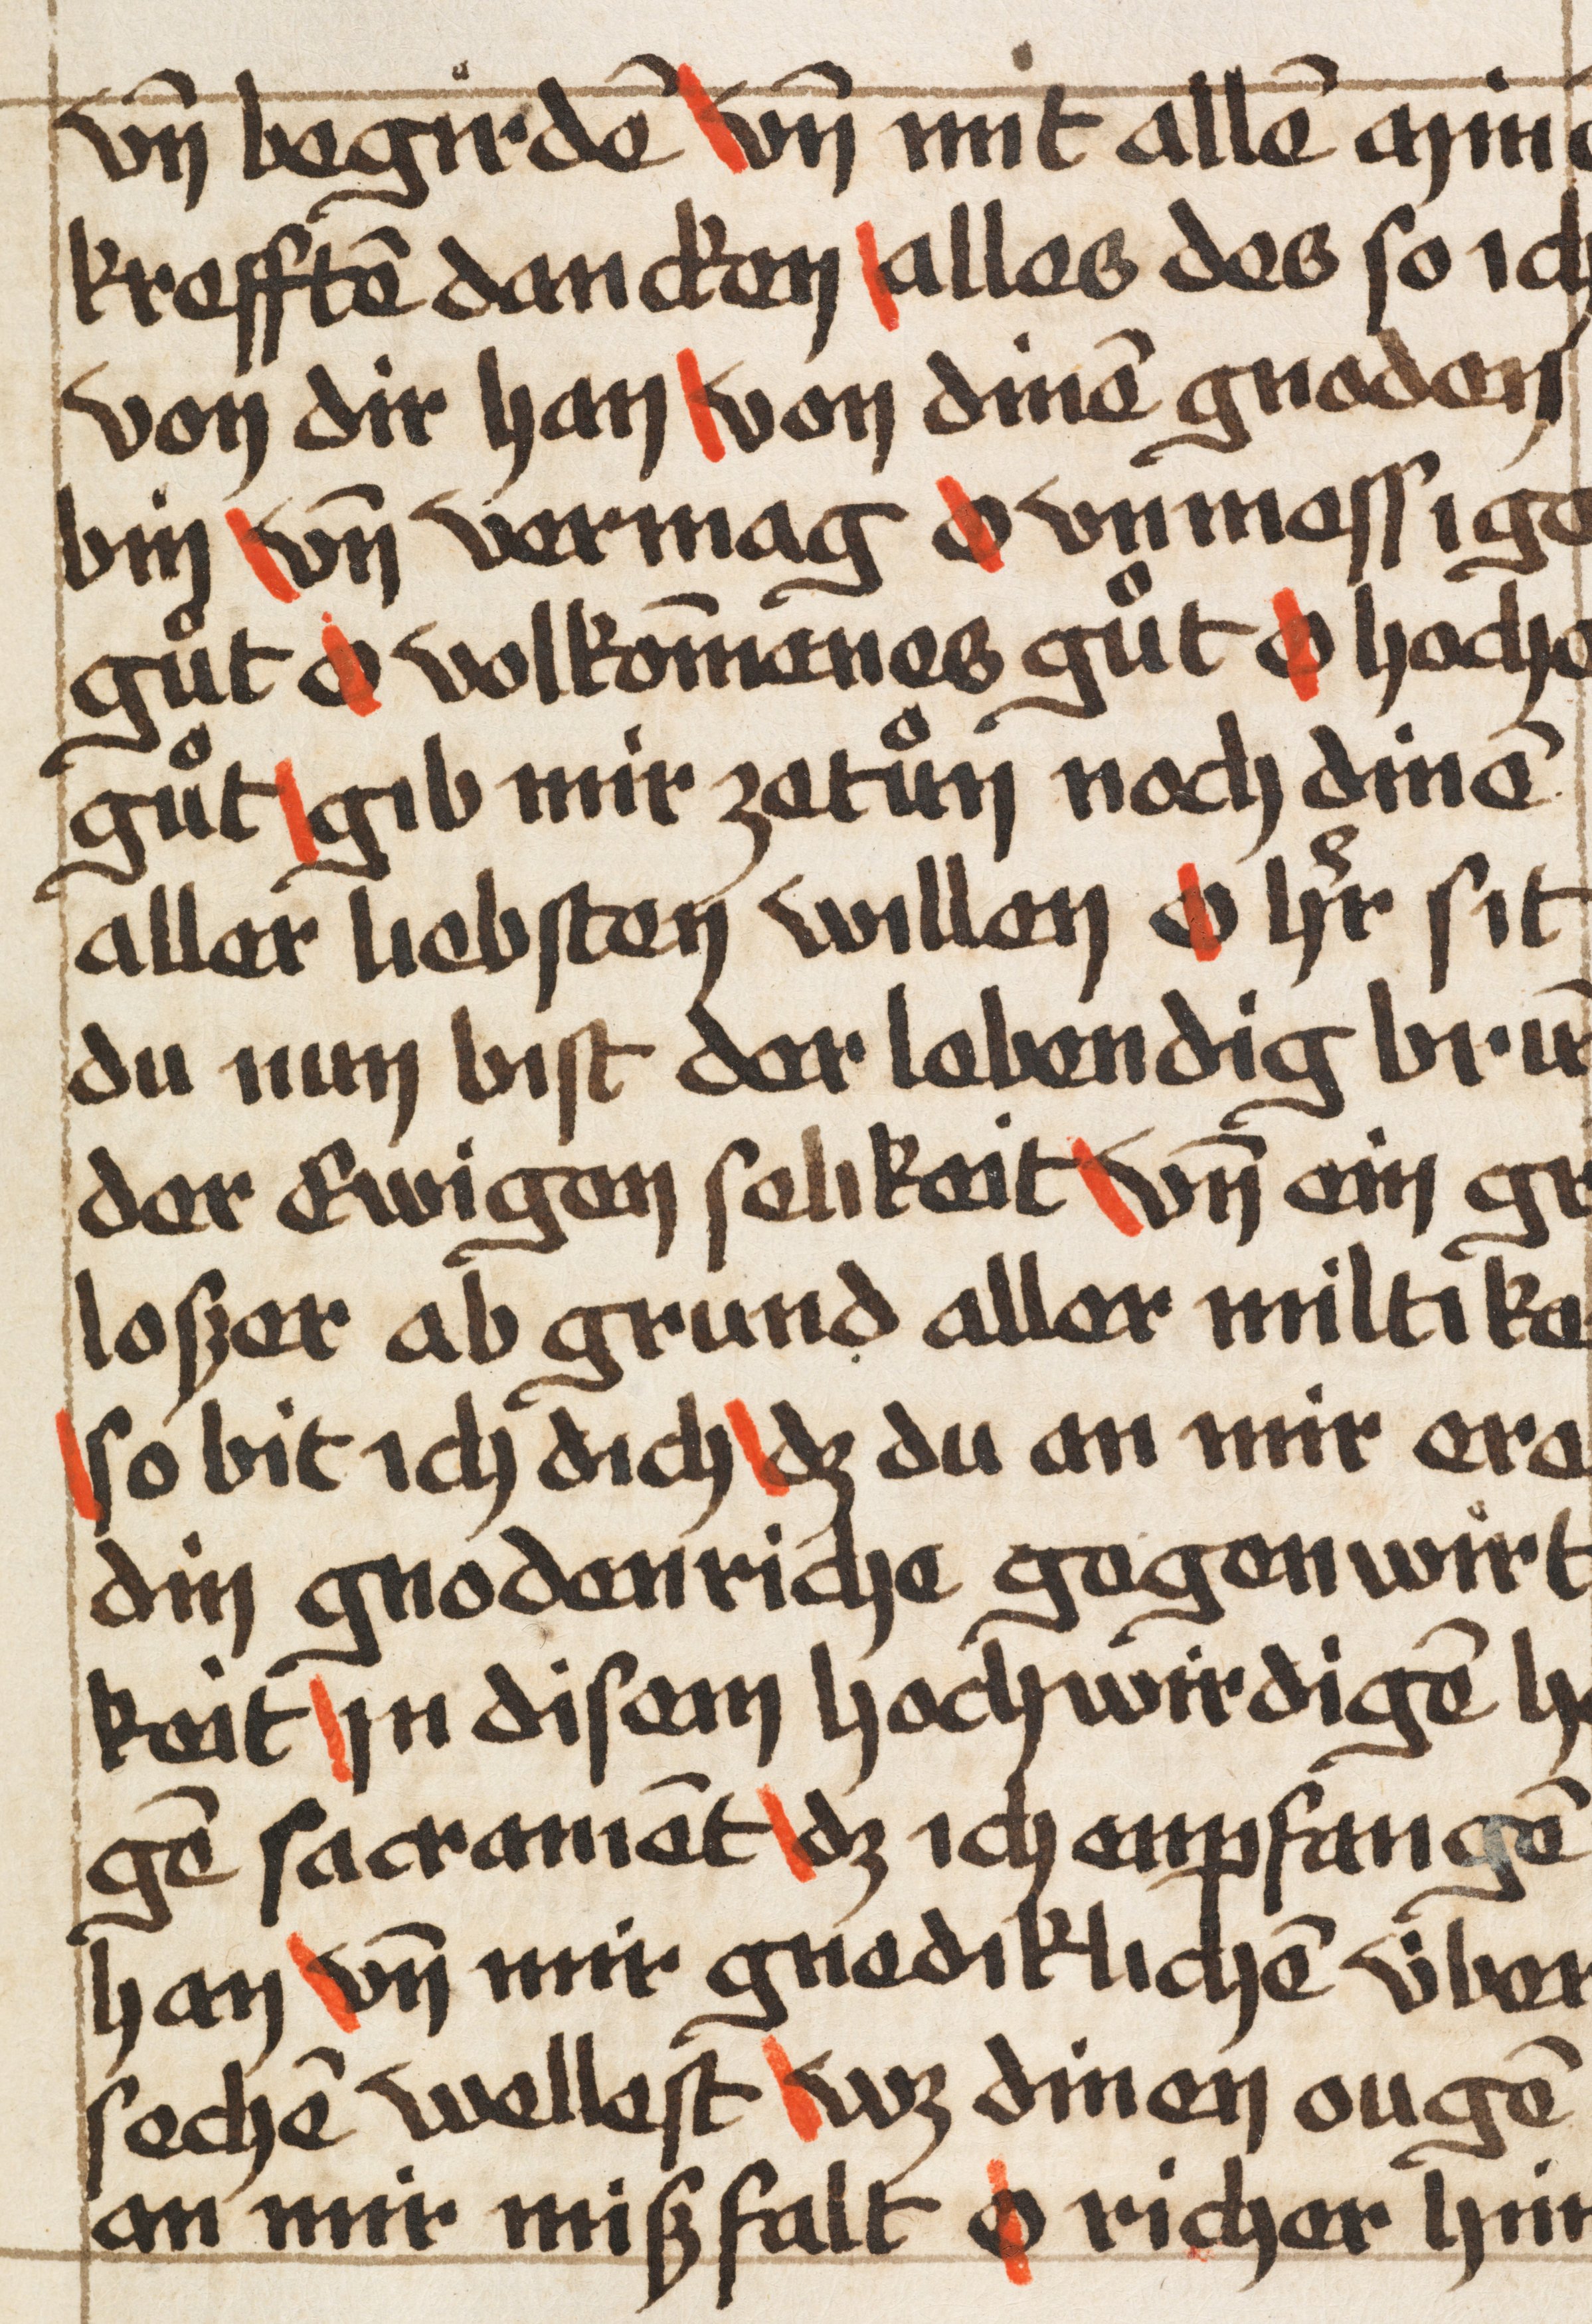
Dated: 1500–1524